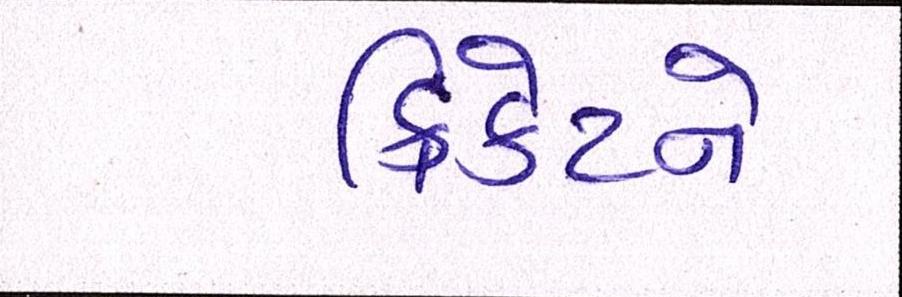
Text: ક્રિકેટને